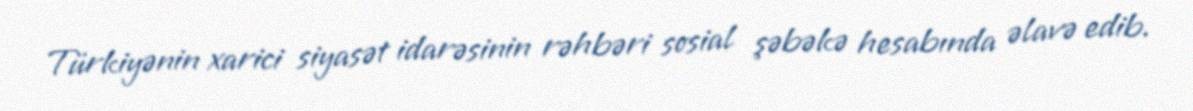
Türkiyənin xarici siyasət idarəsinin rəhbəri sosial şəbəkə hesabında əlavə edib.